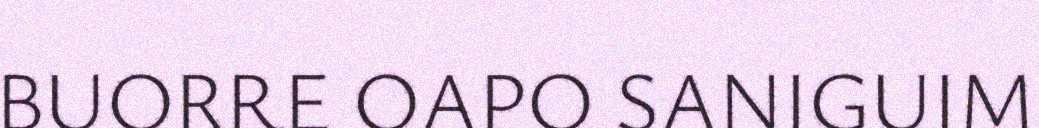
BUORRE OAPO SANIGUIM